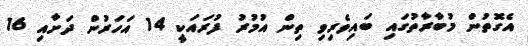
އެގޮތުން މުބާރާތުގައި ބައިވެރިވި ތިން އުމުރު ފުރައަކީ 14 އަހަރުން ދަށާއި 16